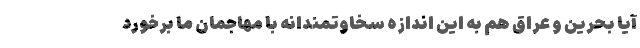
آیا بحرین و عراق هم به این اندازه سخاوتمندانه با مهاجمان ما برخورد